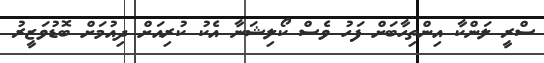
ސްރީ ލަންކާ އިންތިހާބަށް ފަހު ވެސް ކޯލިޝަނާ އެކު ކުރިއަށް ދިއުމަށް ބޮޑުވަޒީރު